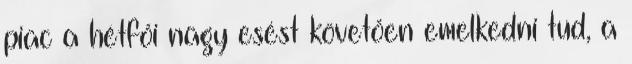
piac a hétfői nagy esést követően emelkedni tud, a